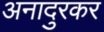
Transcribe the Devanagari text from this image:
अनादुरकर